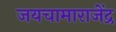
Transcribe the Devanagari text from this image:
जयचामाराजेंद्र